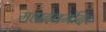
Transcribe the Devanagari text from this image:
महादेवमंदिर